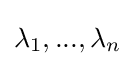
\lambda _{1},...,\lambda _{n}